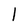
Character: l